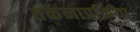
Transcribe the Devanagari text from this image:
तर्कनाप्रक्रिया